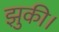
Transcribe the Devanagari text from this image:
झुकी।